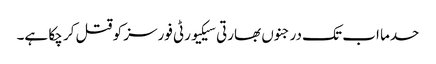
حدما اب تک درجنوں بھارتی سیکیورٹی فورسز کو قتل کر چکا ہے۔